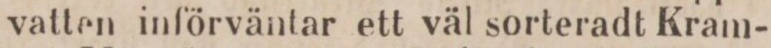
vatten införväntar ett väl sorteradt Kram-